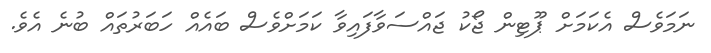
ނަމަވެސް އެކަމަށް ޕޫޓިން ޖޯކު ޖައްސަވާފައިވާ ކަމަށްވެސް ބައެއް ހަބަރުތައް ބުނެ އެވެ.